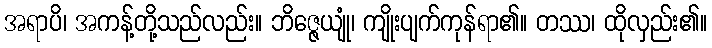
အရာပိ၊ အကန့်တို့သည်လည်း။ ဘိဇ္ဇေယျုံ၊ ကျိုးပျက်ကုန်ရာ၏။ တဿ၊ ထိုလှည်း၏။